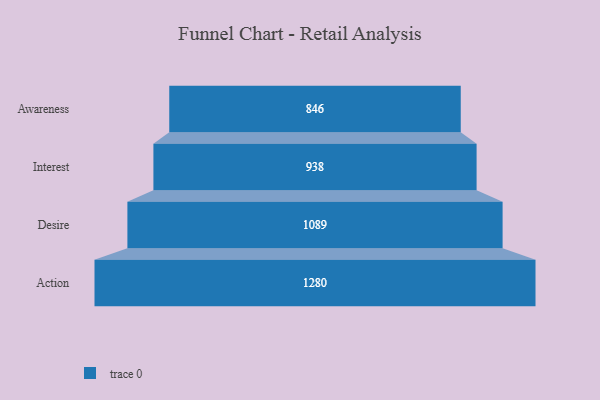
{"axis": {"x": "Stage", "y": "Value"}, "legend": [""], "data": [{"x": "Awareness", "y": 846.0, "type": ""}, {"x": "Interest", "y": 938.0, "type": ""}, {"x": "Desire", "y": 1089.0, "type": ""}, {"x": "Action", "y": 1280.0, "type": ""}]}